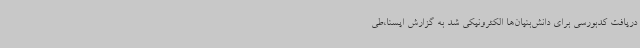
دریافت کدبورسی برای دانش‌بنیان‌ها الکترونیکی شد به گزارش ایسنا،طی